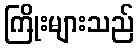
ကြိုးများသည်